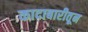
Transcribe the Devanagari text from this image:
कादाबारीतून